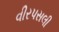
વીરપસલી